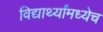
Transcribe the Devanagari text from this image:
विद्यार्थ्यांमध्येच